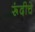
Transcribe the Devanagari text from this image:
रूंदीचे